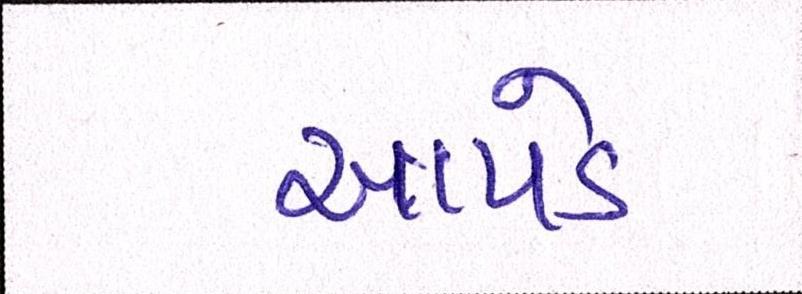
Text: આપડે